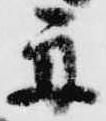
舟